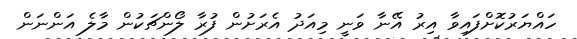
ހައްޔަރުކޮށްފައިވާ އިރު އޭނާ ވަނީ މިއަދު އެރަށުން ފުރާ ލޯންޗަކުން މާލެ އަންނަން